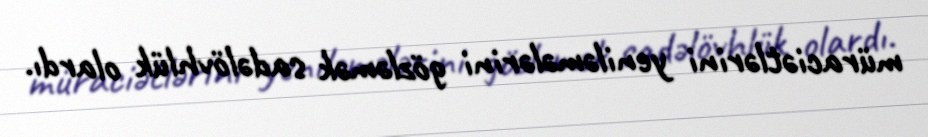
müraciətlərini yeniləmələrini gözləmək sadəlövhlük olardı.